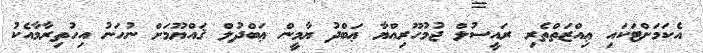
އެކަމަށްޓަކައި ޢިއްޒަތްތެރި ރައީސުލް ޖުމުހޫރިއްޔާ ޢަބްދު ޔާމީން ޢަބްދުލް ޤައްޔޫމަށް ނުހަނު އިހުތިރާމާއެކު